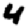
Digit: 4